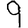
Digit: 9